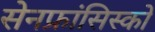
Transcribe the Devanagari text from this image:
सेनफ्रांसिस्को